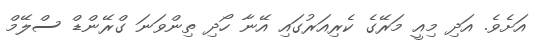
އަށެވެ. އަދި މިއީ މަރޭގެ ކެރިއަރުގައި އޭނާ ހޯދި ތިންވަނަ ގްރޭންޑް ސްލޭމް